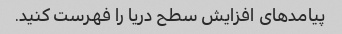
پیامدهای افزایش سطح دریا را فهرست کنید.